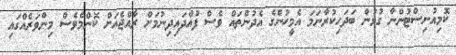
ކޮމިއުނިސްޓުންނާ ގުޅުން ބަދަހިކުރާނަމަ އެމީހުންގެ އެދުންތައް ވެސް ފުއްދައިދިނުމަށް ރާއްޖެއަށް ކޮންމެވެސް މިންވަރެއްގައި